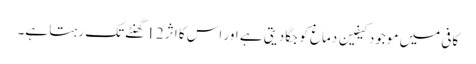
کافی میں موجود کیفین دماغ کو جگا دیتی ہے اور اس کا اثر 12 گھنٹے تک رہتا ہے۔